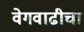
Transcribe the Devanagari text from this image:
वेगवाढीचा